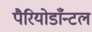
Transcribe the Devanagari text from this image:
पैरियोडाँन्टल